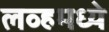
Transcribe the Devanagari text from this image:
लव्हमध्ये